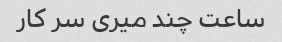
ساعت چند میری سر کار